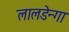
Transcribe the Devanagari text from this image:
लालडेन्गा